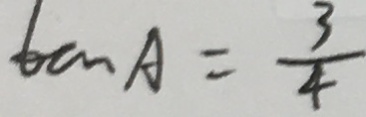
\tan A = \frac { 3 } { 4 }